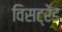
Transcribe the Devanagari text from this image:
विसट्रेंड